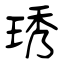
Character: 琇